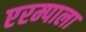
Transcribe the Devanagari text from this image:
एरम्पाला